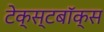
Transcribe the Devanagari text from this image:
टेक्स्टबॉक्स